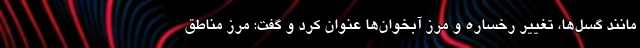
مانند گسل‌ها، تغییر رخساره و مرز آبخوان‌ها عنوان کرد و گفت: مرز مناطق